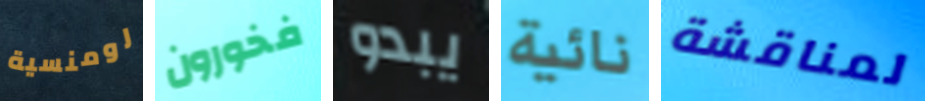
رومنسية فخورون يبدو نائية لمناقشة